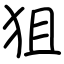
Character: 狙